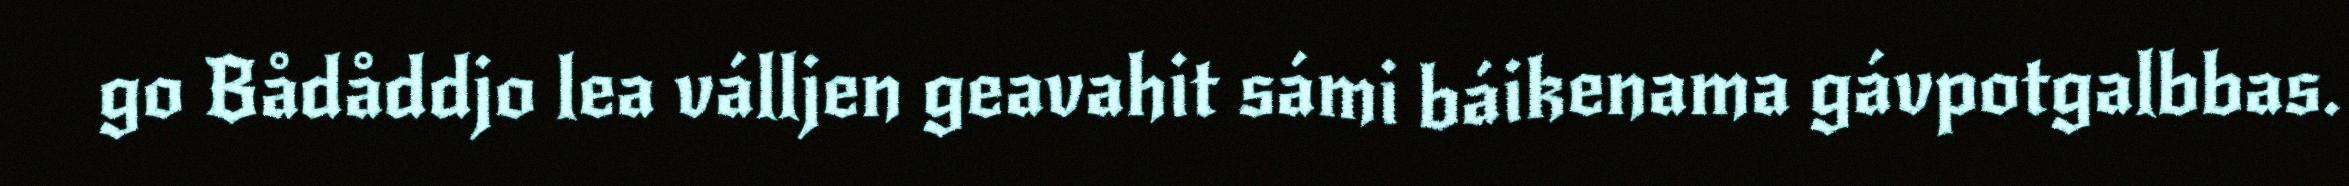
go Bådåddjo lea válljen geavahit sámi báikenama gávpotgalbbas.